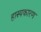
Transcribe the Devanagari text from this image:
हास्यकारण